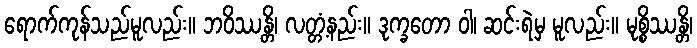
ရောက်ကုန်သည်မူလည်း။ ဘဝိဿန္တိ၊ လတ္တံ့နည်း။ ဒုက္ခတော ဝါ၊ ဆင်းရဲမှ မူလည်း။ မုစ္စိဿန္တိ၊